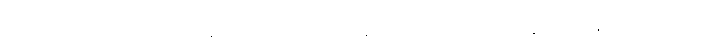
ထိုအခါ၌။ သော ဘိက္ခု၊ ထိုလွန်ကျူး၍ ဆိုသော ရဟန်းသည်။ တဿ ဘိက္ခုနော၊ ထိုလွန်ကျူးအပ်သော